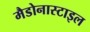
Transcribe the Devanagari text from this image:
मैडोनास्टाइल